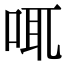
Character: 𠲷